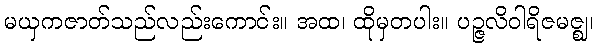
မယှကဇာတ်သည်လည်းကောင်း။ အထ၊ ထိုမှတပါး။ ပဉ္ဇလိဝါရိဇမဇ္ဈ၊